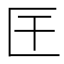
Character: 𭅖